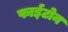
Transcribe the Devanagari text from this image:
फाईटोन